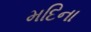
મદિના